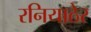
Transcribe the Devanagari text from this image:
रनियाठेर